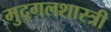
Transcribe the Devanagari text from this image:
मुद्गलशास्त्री